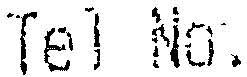
TEL NO.